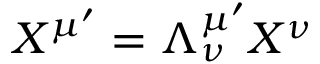
X ^ { \mu ^ { \prime } } = \Lambda _ { \nu } ^ { \mu ^ { \prime } } X ^ { \nu }